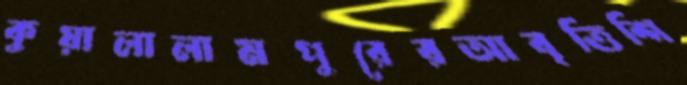
কুয়ালালামপুরেরআবৃত্তিশি